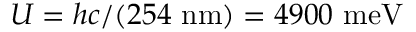
U = h c / ( 2 5 4 ~ \mathrm { n m } ) = 4 9 0 0 ~ \mathrm { m e V }